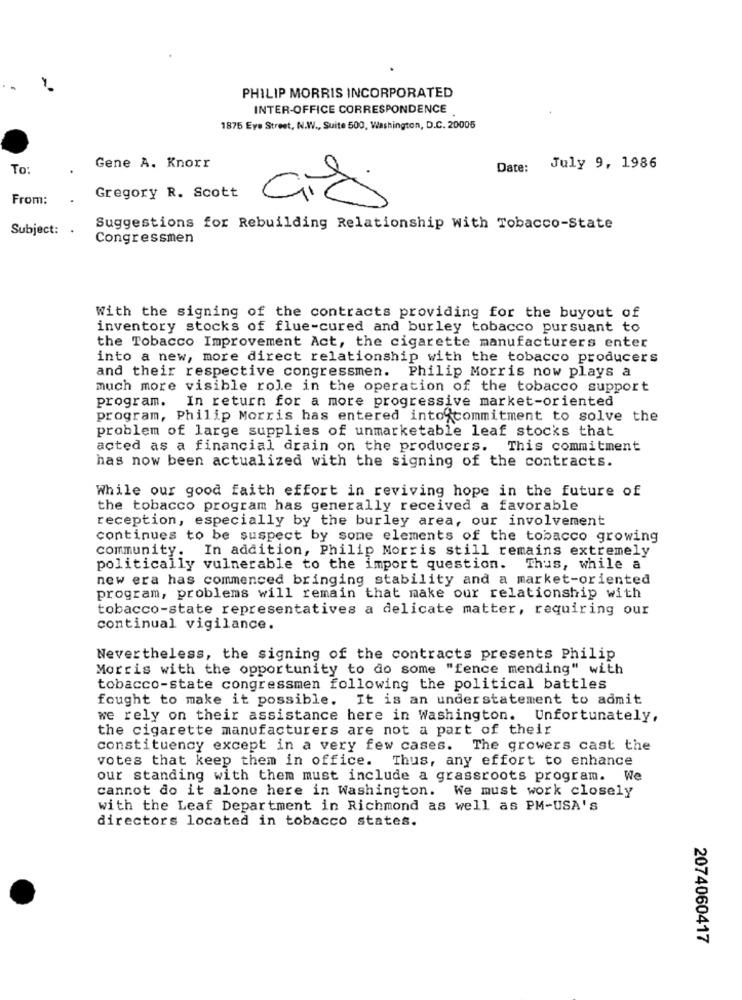
PHILIP MORRIS INCORPORATED
INTER-OFFICE CORRESPONDENCE
1875 Eye Street, N.W ., Suite 500, Washington, D.C. 20005
To:
Gene A. Knorr
Date:
July 9, 1986
From:
Gregory R. Scott
Subject:
Suggestions for Rebuilding Relationship with Tobacco-State
Congressmen
With the signing of the contracts providing for the buyout of
inventory stocks of flue-cured and burley tobacco pursuant to
the Tobacco Improvement Act, the cigarette manufacturers enter
into a new, more direct relationship with the tobacco producers
and their respective congressmen. Philip Morris now plays a
much more visible role in the operation of the tobacco support
program.
In return for a more progressive market-oriented
program, Philip Morris has entered into commitment to solve the
problem of large supplies of unmarketable leaf stocks that
acted as a financial drain on the producers.
This commitment
has now been actualized with the signing of the contracts.
While our good faith effort in reviving hope in the future of
the tobacco program has generally received a favorable
reception, especially by the burley area, our involvement
continues to be suspect by some elements of the tobacco growing
community. In addition, Philip Morris still remains extremely
politically vulnerable to the import question. Thus, while a
new era has commenced bringing stability and a market-oriented
program, problems will remain that make our relationship with
tobacco-state representatives a delicate matter, requiring our
continual vigilance.
Nevertheless, the signing of the contracts presents Philip
Morris with the opportunity to do some "fence mending" with
tobacco-state congressmen following the political battles
fought to make it possible. It is an understatement to admit
we rely on their assistance here in Washington.
Unfortunately,
the cigarette manufacturers are not a part of their
constituency except in a very few cases. The growers cast the
votes that keep them in office. Thus, any effort to enhance
our standing with them must include a grassroots program. We
cannot do it alone here in Washington. We must work closely
with the Leaf Department in Richmond as well as PM-USA's
directors located in tobacco states.
2074060417